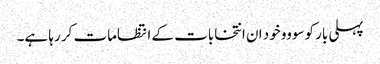
پہلی بار کوسووو خود ان انتخابات کے انتظامات کر رہا ہے۔